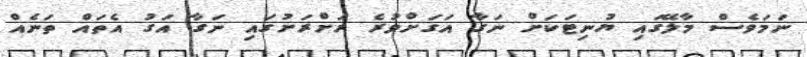
ނަމަވެސް މާލޭގައި ޔުނިޓަކަށް ނަގާ އަގަށްވުރެ ރަށްރަށުގައި ނަގާ އަގު އެތައް ތަނެއް